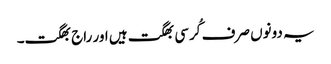
یہ دونوں صرف کُرسی بھگت ہیں اور راج بھگت۔